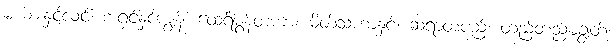
မယားနှင့်လင်၊ အရှင်နှင့်ကျွန်၊ ထေရ်မွန်တကာ၊ မိတ်သဟာနှင့်၊ ဆရာတပည့်၊ တည့်တည့်မချွတ်၊